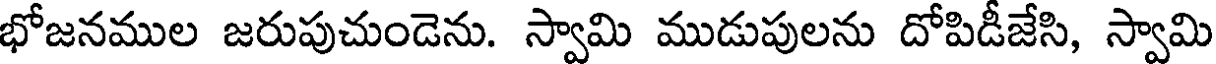
భోజనముల జరుపుచుండెను. స్వామి ముడుపులను దోపిడీజేసి, స్వామి